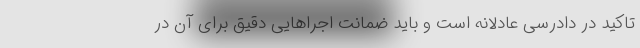
تاکید در دادرسی عادلانه است و باید ضمانت اجراهایی دقیق برای آن در